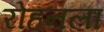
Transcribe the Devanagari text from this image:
रोहनला